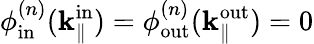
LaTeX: \phi_{\mathrm{in}}^{(n)}(\mathbf{k}_{\parallel}^{\mathrm{in}})=\phi_{\mathrm{out}}^{(n)}(\mathbf{k}_{\parallel}^{\mathrm{out}})=0